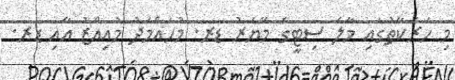
މި ހަރަކާތުގައި މާލެ ސިޓީގެ މޭޔަރު ޑރ. މުހައްމަދު މުއިއްޒު އާއި ޑރ.